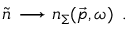
\tilde { n } \, \longrightarrow n _ { \Sigma } ( \vec { p } , \omega ) \, \, \, .